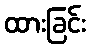
ထားခြင်း